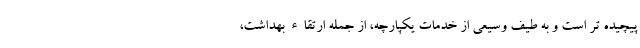
پیچیده تر است و به طیف وسیعی از خدمات یکپارچه، از جمله ارتقاء بهداشت،